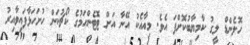
ހޮލެންޑް ލީގު ކާމިޔާބުކޮށްފަ އެވެ. މިއާއެކު އޭނާ އަށް ޓޮޓެންހަމުގެ ކޯޗުކަން ހުށަހަޅާފައިވާއިރު